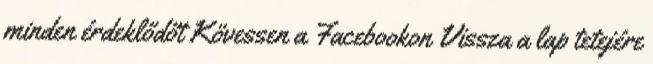
minden érdeklődőt Kövessen a Facebookon Vissza a lap tetejére